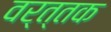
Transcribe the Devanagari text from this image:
वर्त्तक